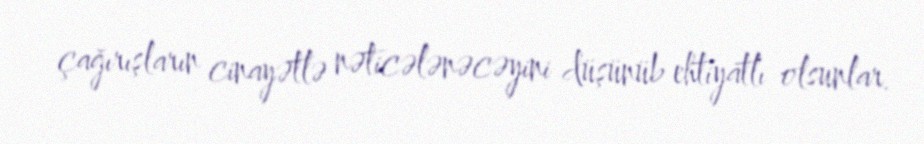
çağırışların cinayətlə nəticələnəcəyini düşünüb ehtiyatlı olsunlar.